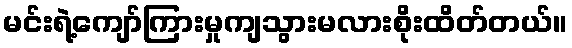
မင်းရဲ့ကျော်ကြားမှုကျသွားမလားစိုးထိတ်တယ်။